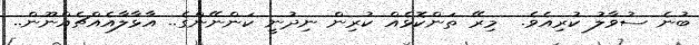
ބުނެ ސުވާލު ކުރިއެވެ.  މިރޭ ތަންކޮޅެއް ކުރިން ނިދުނީ ކަންނޭންގެ.. އަާޅާލާއެއްޗެއްނޫން..